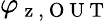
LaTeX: \varphi_{\mathrm{~z~,~O~U~T~}}